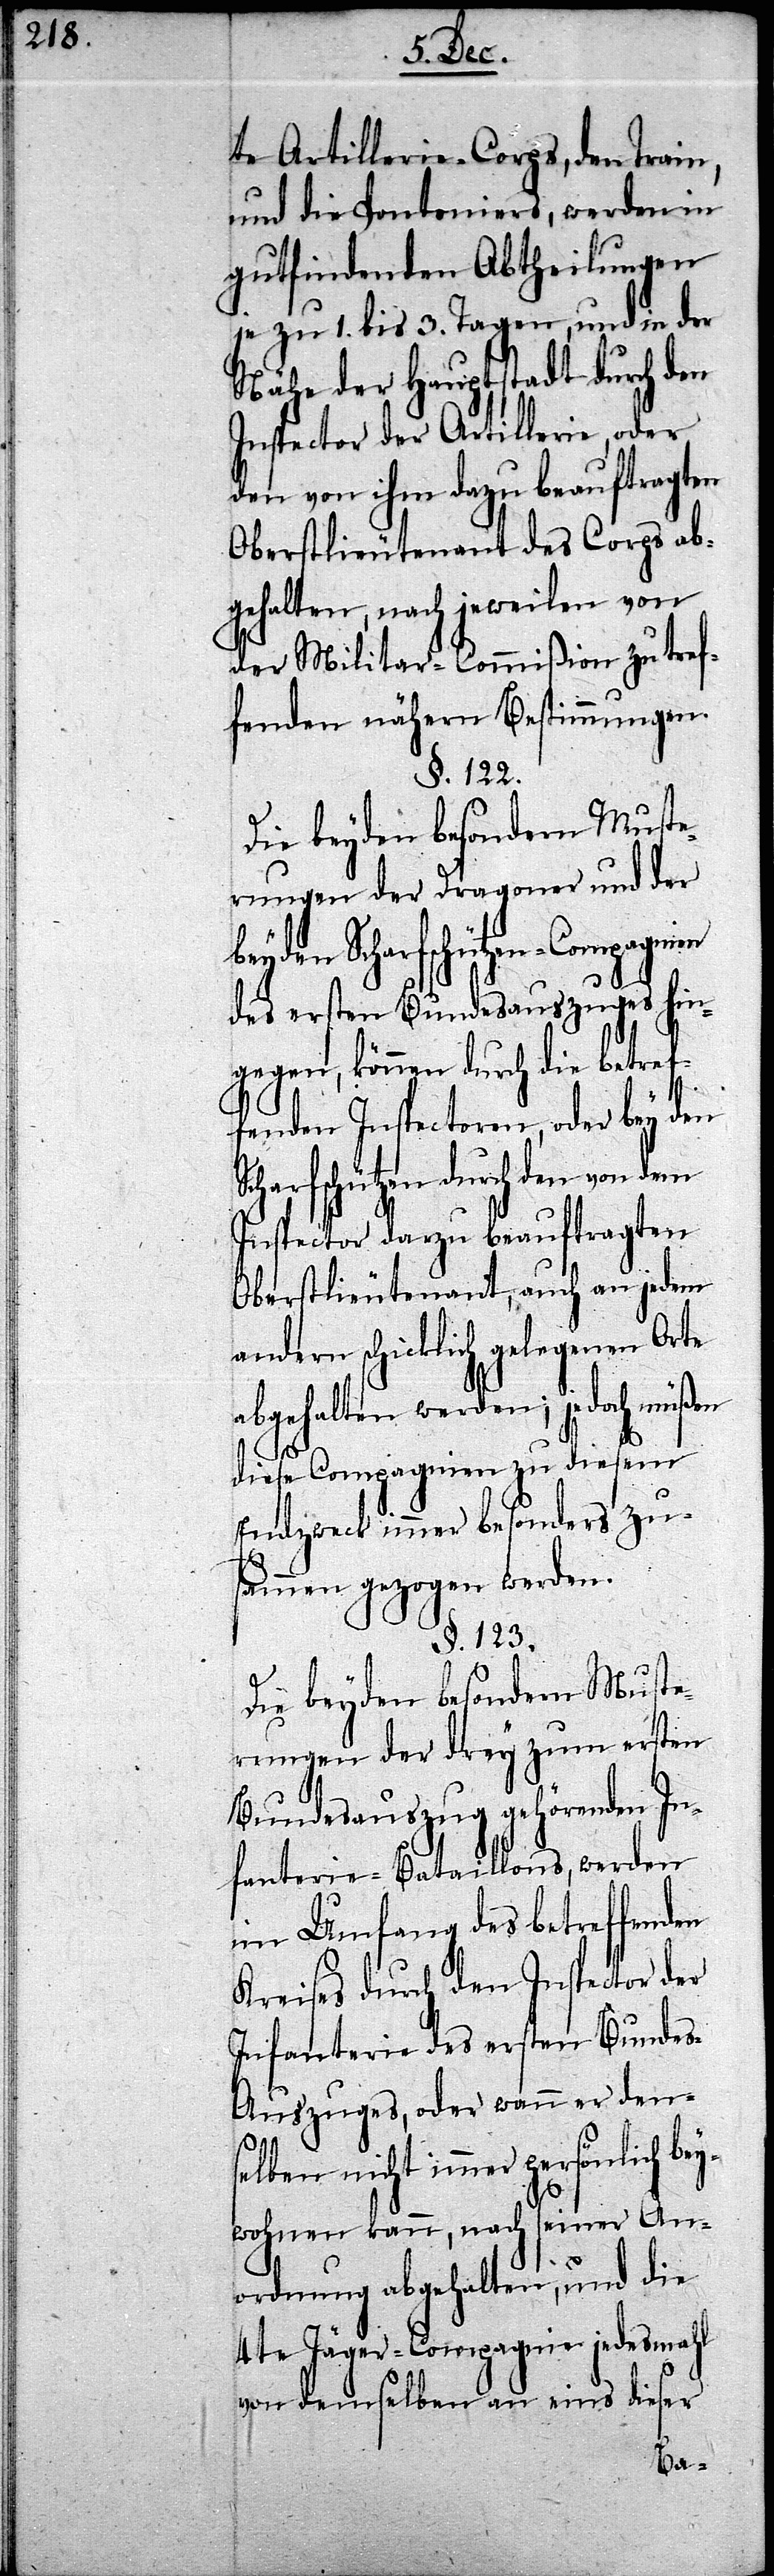
te Artillerie-Corps, den Train,
und die Pontoniers, werden in
gutfindenden Abtheilungen
je zu 1. bis 3. Tagen, und in der
Nähe der Hauptstadt durch den
Inspector der Artillerie, oder
den von ihm dazu beauftragten
Oberstlieutenant des Corps ab¬
gehalten, nach jeweilen von
der Militar-Commißion zu tref¬
fenden nähern Bestimmungen.
§. 122.
Die beyden besondern Muste¬
rungen der Dragoner und der
beyden Scharfschützen-Compagnien
des ersten Bundesauszuges hin¬
gegen, können durch die betref¬
fenden Inspectoren, oder bey den
Scharfschützen durch den von dem
Inspector darzu beauftragten
Oberstlieutenant, auch an jedem
andern schicklich gelegenen Orte
abgehalten werden; jedoch müßen
diese Compagnien zu diesem
Endzweck immer besonders zu¬
sammen gezogen werden.
§. 123.
Die beyden besondern Muste¬
rungen der drey zum ersten
Bundesauszug gehörenden In¬
fanterie-Bataillons, werden
im Umfang des betreffenden
Kreises durch den Inspector der
Infanterie des ersten Bunde¬
s-Auszuges, oder wenn er dens¬
elben nicht immer persönlich b¬
eywohnen kann, nach seiner An¬
ordnung abgehalten, und die
4te Jäger-Compagnie jedesmahl
von demselben an eins dieser